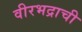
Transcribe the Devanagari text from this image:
वीरभद्राची